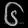
Digit: ၆